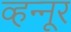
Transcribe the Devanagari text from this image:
व्हन्‍नूर